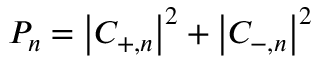
P _ { n } = \left| C _ { + , n } \right| ^ { 2 } + \left| C _ { - , n } \right| ^ { 2 }